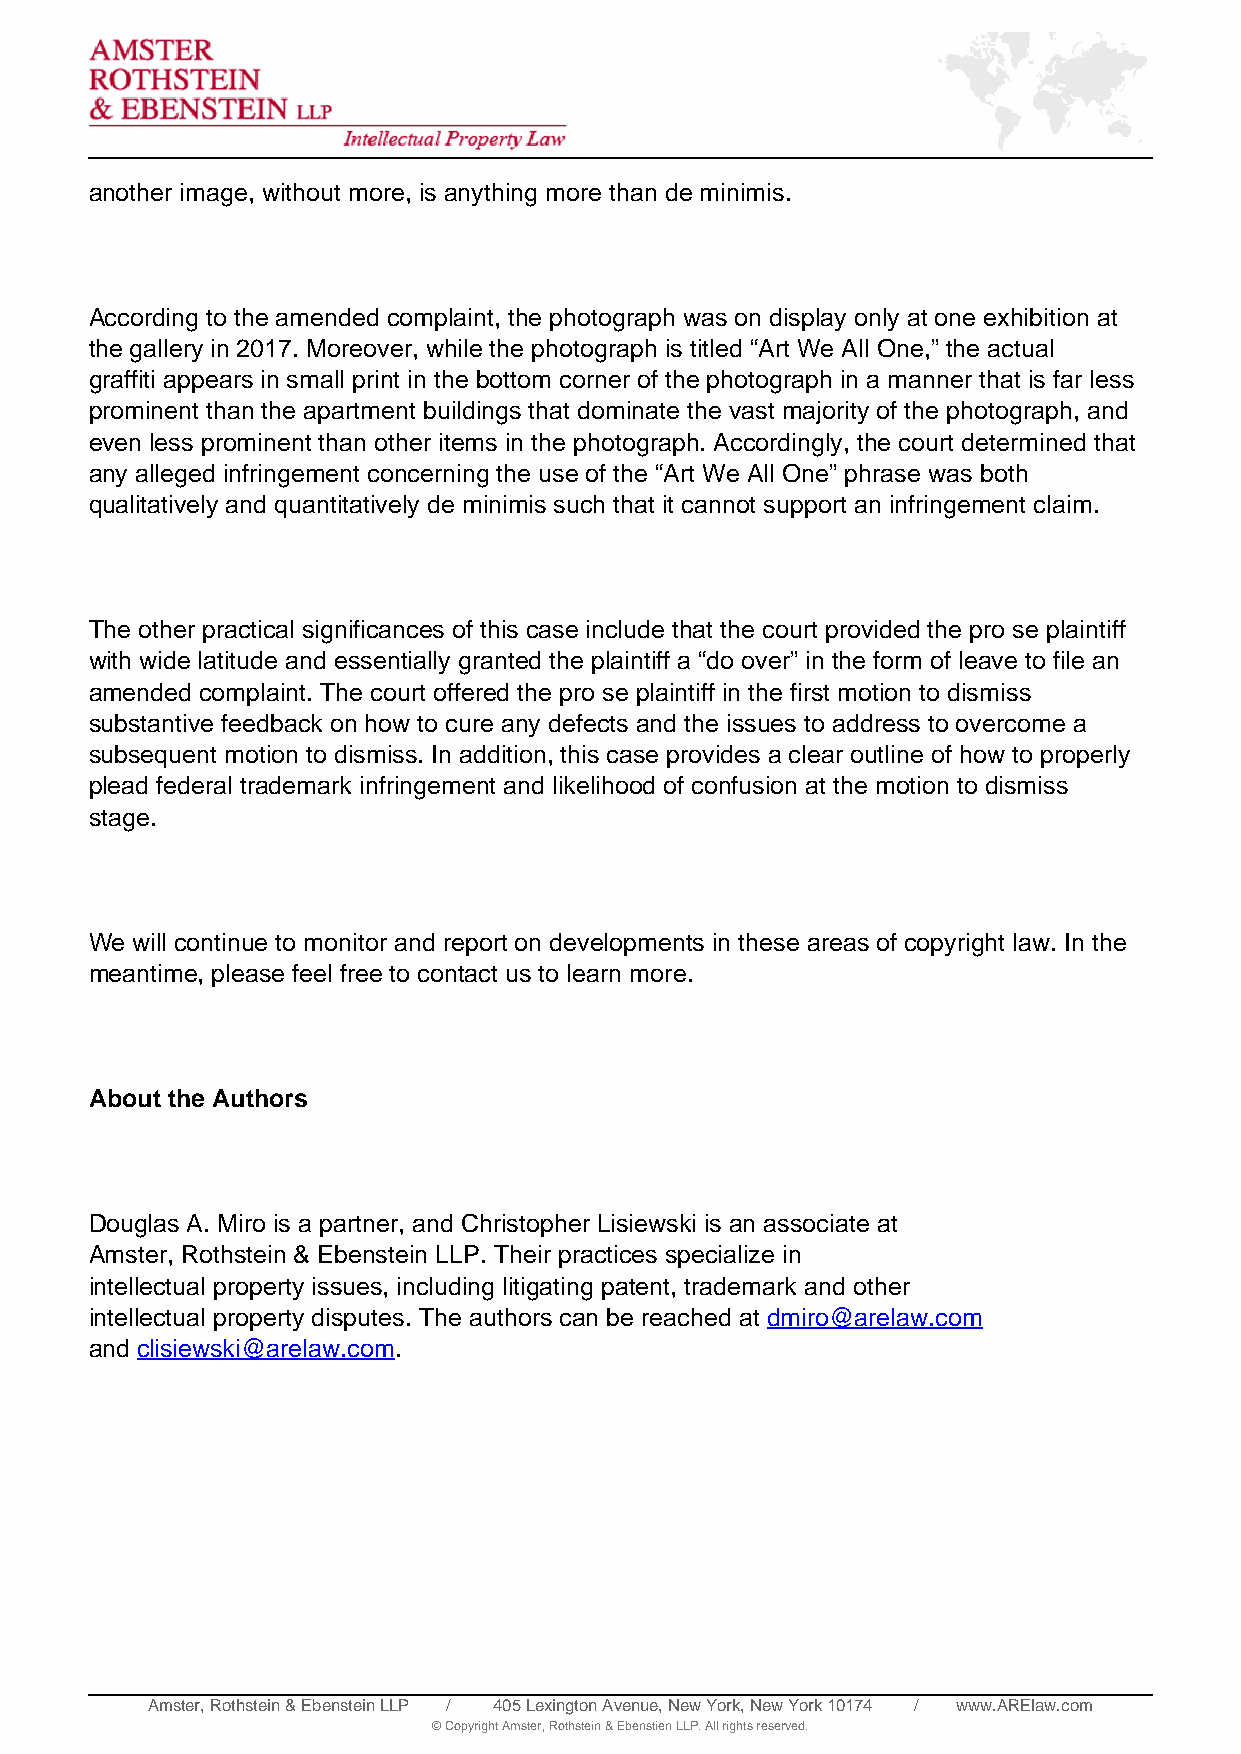
another image, without more, is anything more than de minimis.
 According to the amended complaint, the photograph was on display only at one exhibition at
 the gallery in 2017. Moreover, while the photograph is titled “Art We All One,” the actual
 graffiti appears in small print in the bottom corner of the photograph in a manner that is far less
 prominent than the apartment buildings that dominate the vast majority of the photograph, and
 even less prominent than other items in the photograph. Accordingly, the court determined that
 any alleged infringement concerning the use of the “Art We All One” phrase was both
 qualitatively and quantitatively de minimis such that it cannot support an infringement claim.
 The other practical significances of this case include that the court provided the pro se plaintiff
 with wide latitude and essentially granted the plaintiff a “do over” in the form of leave to file an
 amended complaint. The court offered the pro se plaintiff in the first motion to dismiss
 substantive feedback on how to cure any defects and the issues to address to overcome a
 subsequent motion to dismiss. In addition, this case provides a clear outline of how to properly
 plead federal trademark infringement and likelihood of confusion at the motion to dismiss
 stage.
 We will continue to monitor and report on developments in these areas of copyright law. In the
 meantime, please feel free to contact us to learn more.
 About the Authors
 Douglas A. Miro is a partner, and Christopher Lisiewski is an associate at
 Amster, Rothstein & Ebenstein LLP. Their practices specialize in
 intellectual property issues, including litigating patent, trademark and other
 intellectual property disputes. The authors can be reached at dmiro@arelaw.com
 and clisiewski@arelaw.com.
 Amster, Rothstein & Ebenstein LLP / 405 Lexington Avenue, New York, New York 10174 / www.ARElaw.com
 © Copyright Amster, Rothstein & Ebenstien LLP. All rights reserved.
 Powered by TCPDF (www.tcpdf.org)